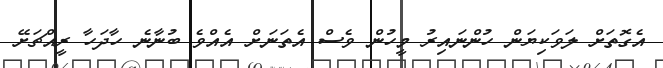
އެގޮތަށް ލަވަކިޔަން ހުންނައިރު މީހުން ވެސް އެތަނަށް އެއްވެ ބުނާނެ ހާދަހާ ރީއްޗަށޭ